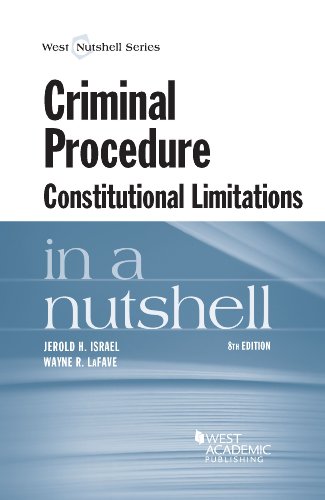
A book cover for Criminal Procedure, Constitutional Limitations in a Nutshell; Jerold Israel; Law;